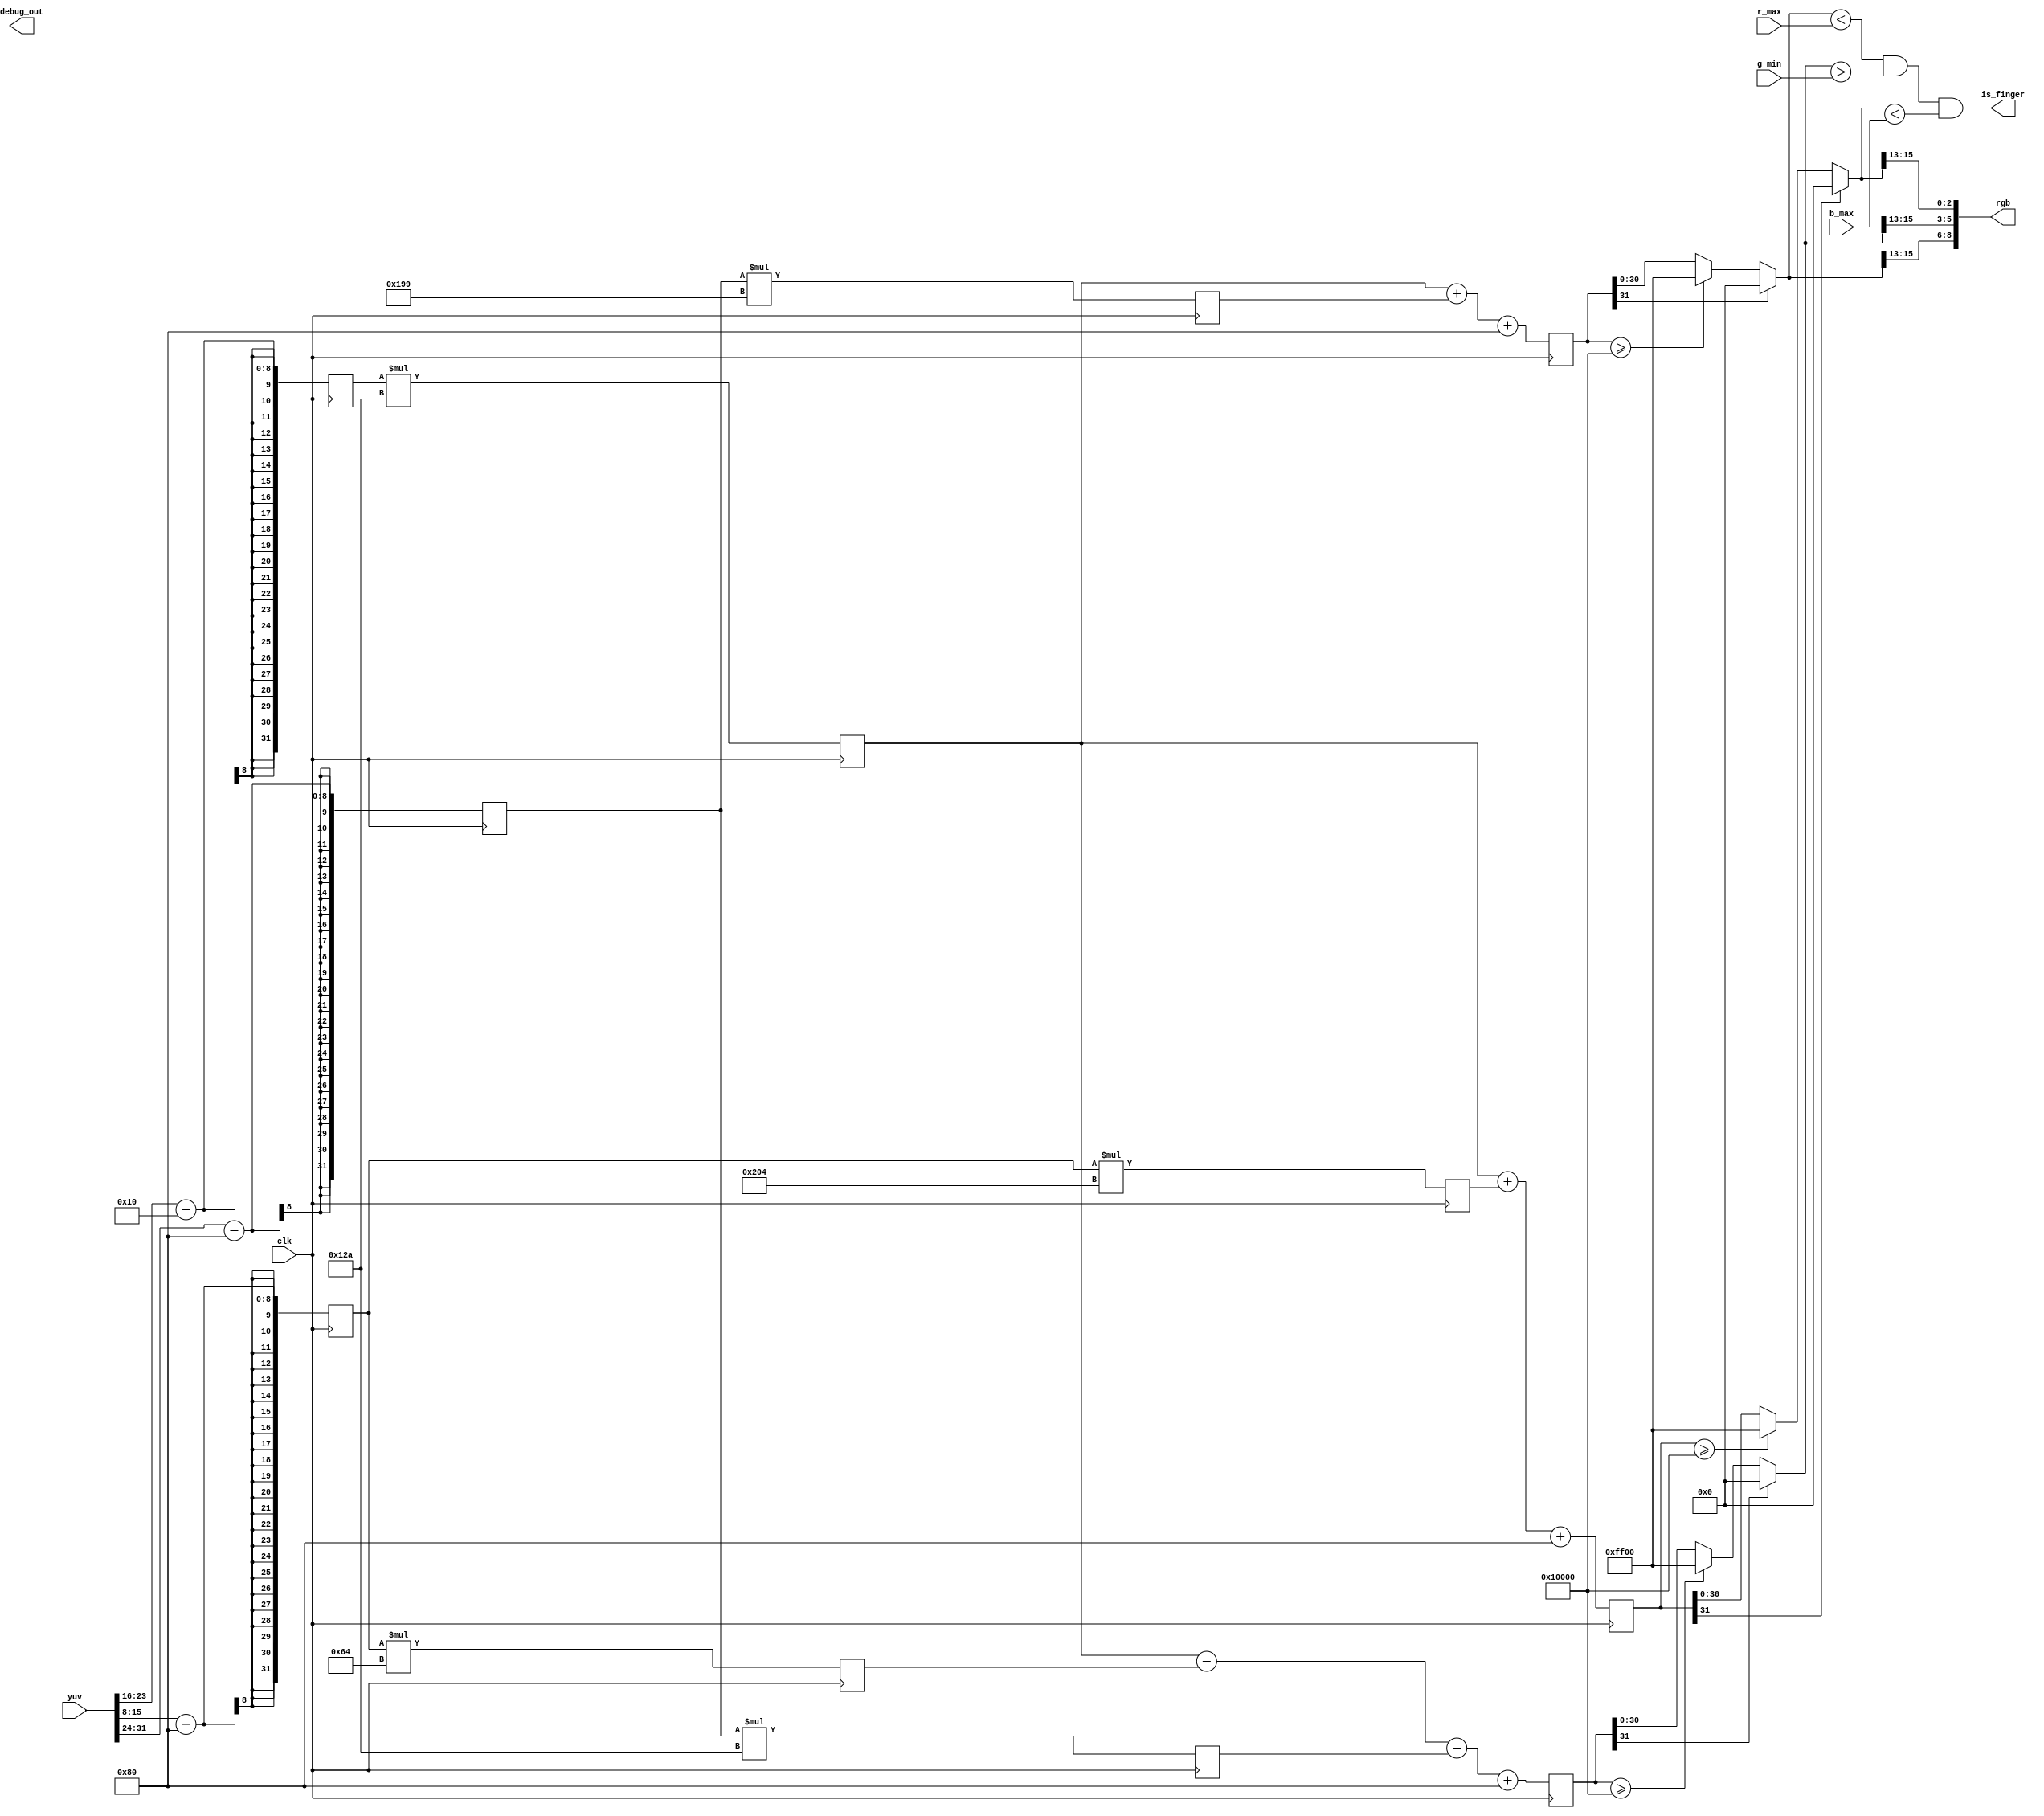
module yuv2rgb(
	input clk,
	input [31:0] yuv,
	input [31:0] r_max,
	input [31:0] g_min,
	input [31:0] b_max,
	output wire [8:0] rgb,
	output wire is_finger,
	output wire [31:0] debug_out
);
	reg [31:0] y;
	reg [31:0] u;
	reg [31:0] v;
	reg [31:0] c;
	reg [31:0] d0;
	reg [31:0] d1;
	reg [31:0] e0;
	reg [31:0] e1;
	wire [31:0] r;
	wire [31:0] g;
	wire [31:0] b;
	reg [31:0] _r;
	reg [31:0] _g;
	reg [31:0] _b;
	assign rgb = {r[15:13], g[15:13], b[15:13]};

	always @(posedge clk) begin
		y = {24'b0, yuv[23:16]} - 16;
		u = {24'b0, yuv[15:8]} - 128;
		v = {24'b0, yuv[31:24]} - 128;
	end

	always @(posedge clk) begin
		c <= y * 298;
		d0 <= u * 100;
		d1 <= u * 516;
		e0 <= v * 409;
		e1 <= v * 298;
	end

	always @(posedge clk) begin
		_r = c + e0 + 128;
		_g = c - d0 - e1 + 128;
		_b = c + d1 + 128;
	end

	assign r = _r[31] ? 0 : ((_r >= 32'h10000) ? 32'hff00: _r);
	assign g = _g[31] ? 0 : ((_g >= 32'h10000) ? 32'hff00: _g);
	assign b = _b[31] ? 0 : ((_b >= 32'h10000) ? 32'hff00: _b);

	assign is_finger = r < r_max && g > g_min && b < b_max;
endmodule